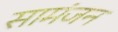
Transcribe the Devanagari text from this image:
सामंजन